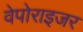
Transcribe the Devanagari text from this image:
वेपोराइजर